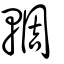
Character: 輖